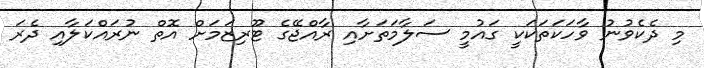
މި ދެކެވުނު ވާހަކަތަކަކީ ގައުމީ ސަލާމަތަށާއި ރާއްޖޭގެ ޓޫރިޒަމަށް އޮތް ނުރައްކަލާއި ދެރަ